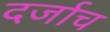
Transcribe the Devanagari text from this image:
दर्जाच